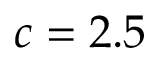
c = 2 . 5